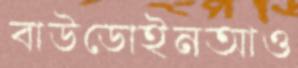
বাউডোইনআও